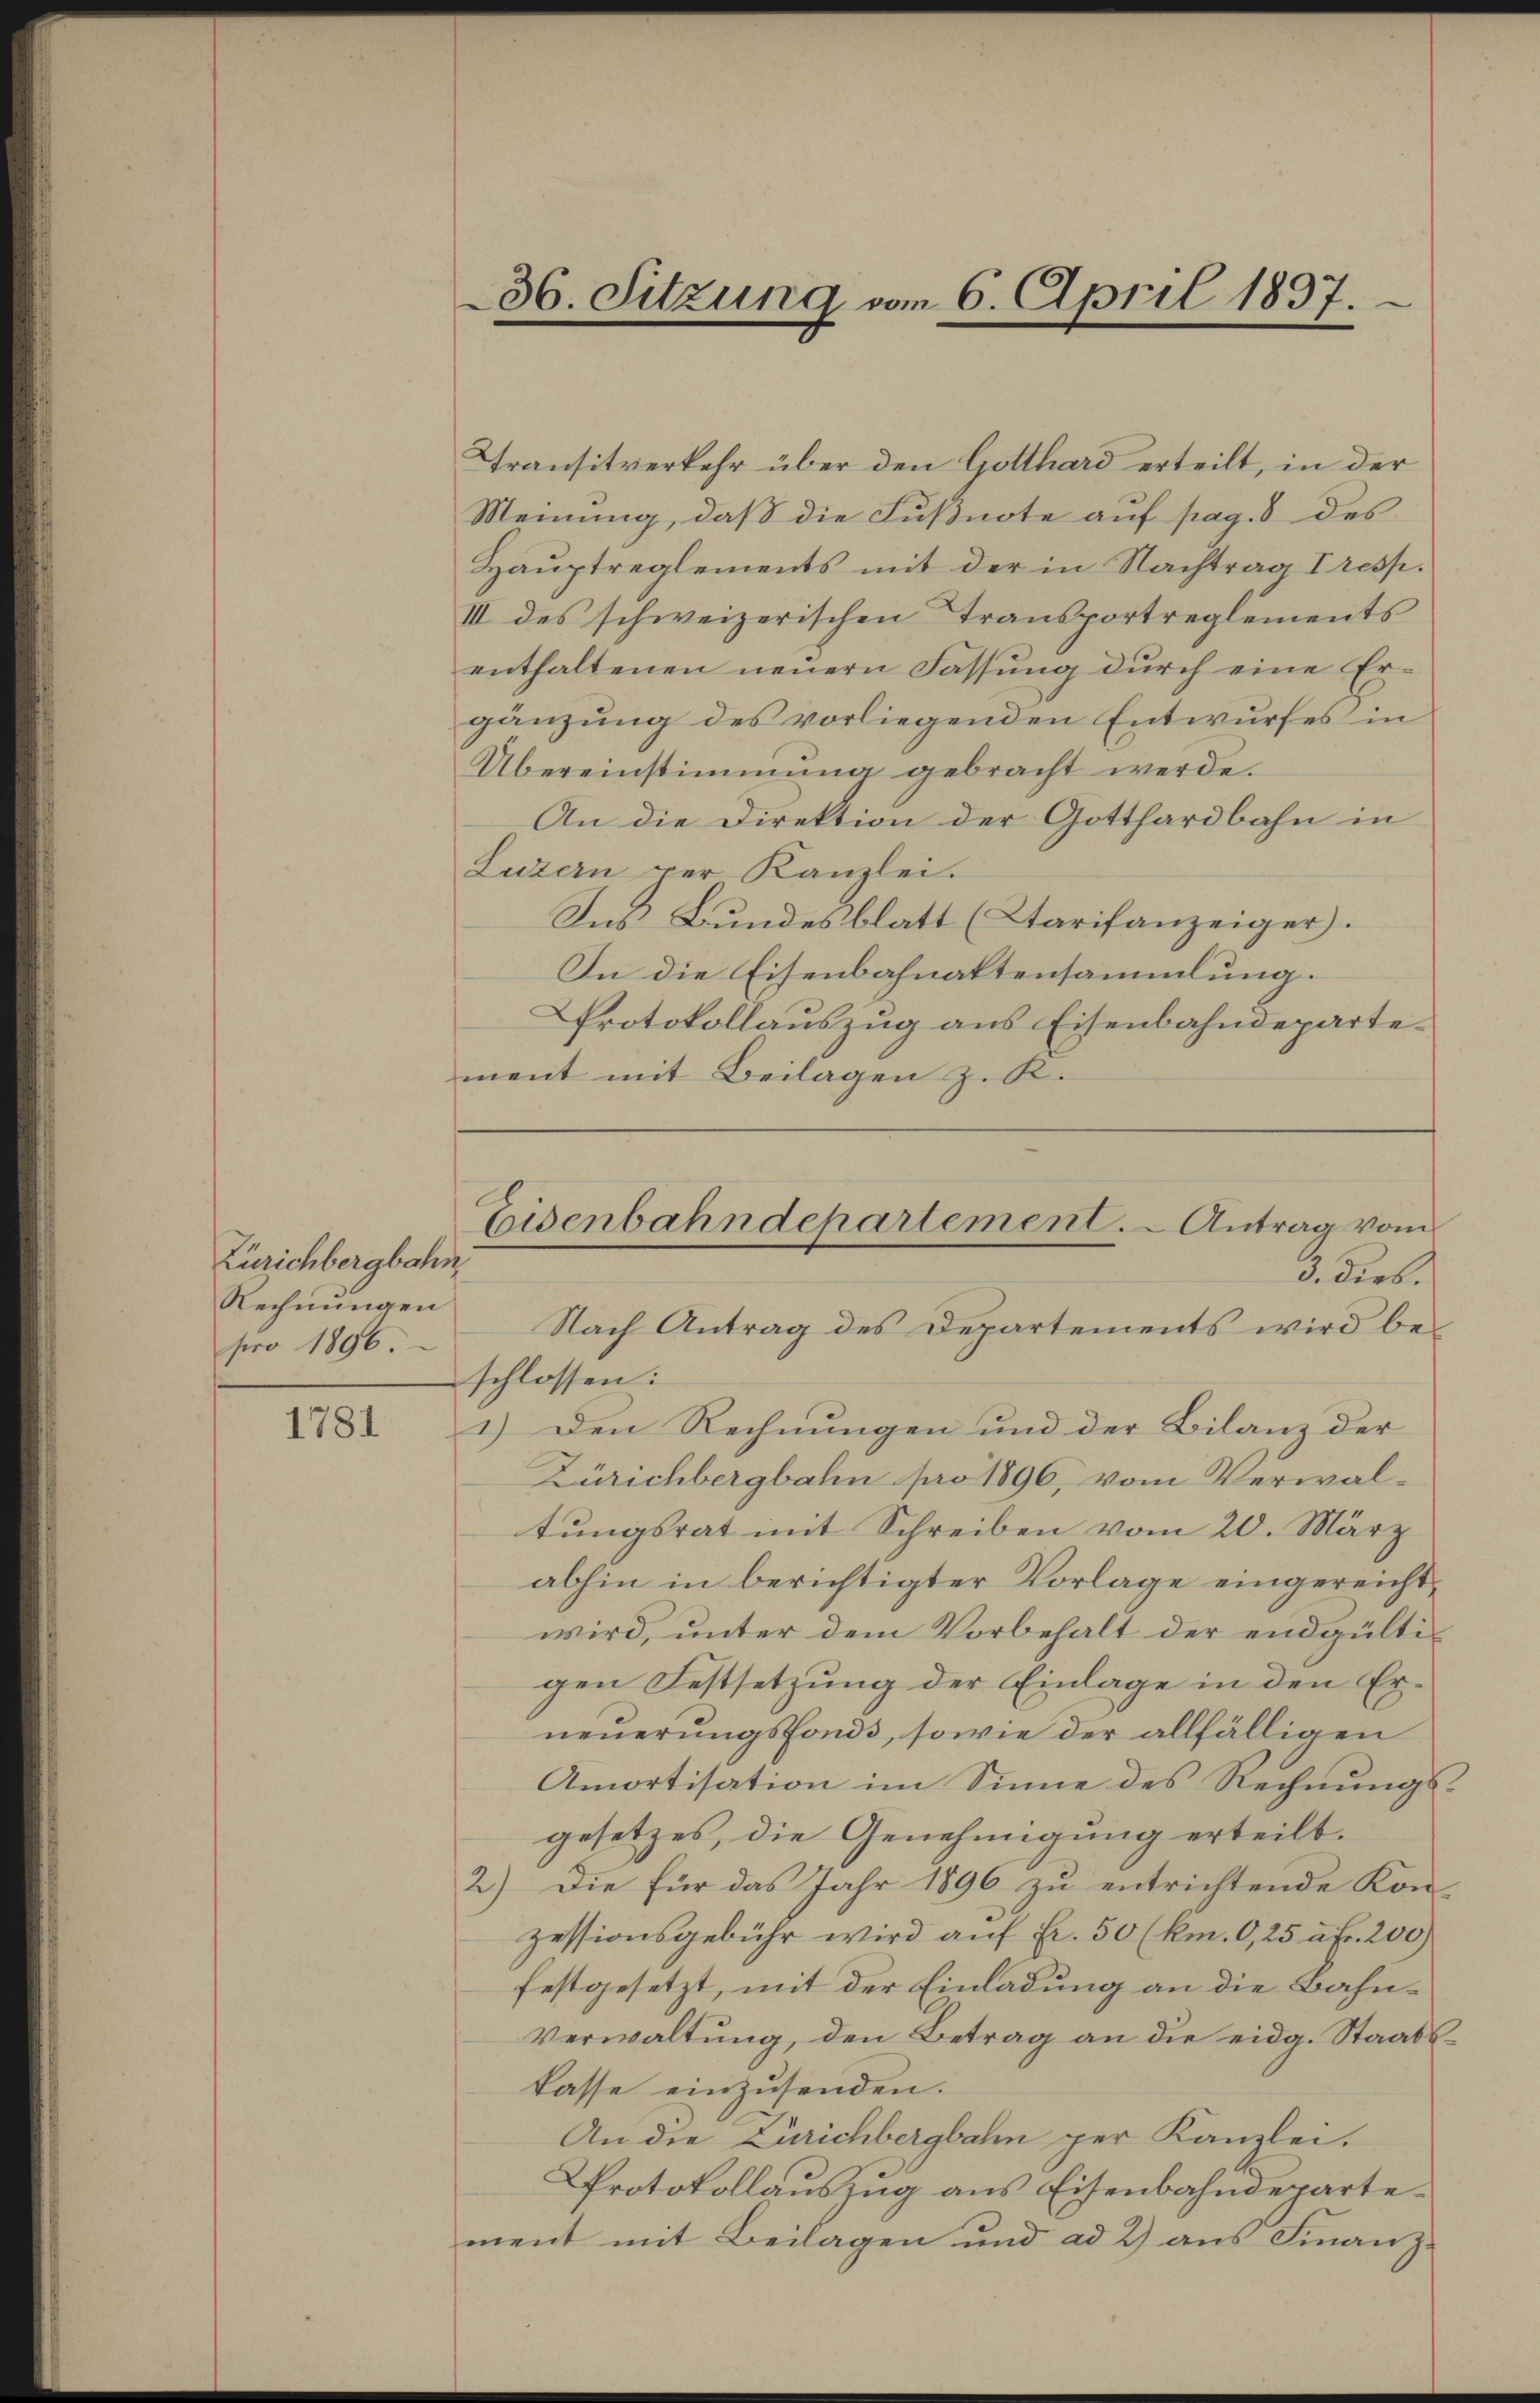
Zürichbergbahn.
Rechnungen
pro 1896.

1781

Transitverkehr über den Gotthard erteilt, in der
Meinung, daß die Fußnote auf pag. 8 des
Hauptreglements mit der in Nachtrag I resp.
III des schweizerischen Transportreglements
enthaltenen neŭern Fassŭng dŭrch eine Er-
gänzung des vorliegenden Entwurfes in
Übereinstimmung gebracht werde.
An die Direktion der Gotthardbahn in
Luzern der Kanzlei.
Ins Bundesblatt (Ctarifanzeiger.
In die Eisenbahnaktensammlung.
Protokollauszug aus Eisenbahndepartement mit Beilagen z. R.

36. Sitzung vom 6. April 1837.

Eisenbahndepartement. - Antrag vom
3. Dieb.
Nach Antrag des Departements wird be¬

schlossen:
1.) Den Rechnungen und der Bilanz der
Zürichbergbahn pro 1896, vom Verwaltungsrat mit Schreiben vom 20. März
abhin in berichtigter Vorlage eingereichtwird, unter dem Vorbehalt der endgültigen Festsetzung der Einlage in den Erneuerungsfonds, sowie der allfälligen
Amortisation im Sinne des Rechnungsgesetzes, die Genehmigung erteilt.
2.) Die für das Jahr 1896 zu entrichtende Kon-
zessionsgebühr wird aŭf Fr. 50 (km. O, 25 u. Fr. 200)
festgesetzt, mit der Einladung an die Bahn¬
Verwaltung, den Betrag an die eidg. Staatskasse einzusenden.
An die Zürichbergbahn per Kanzlei.
Protokollauszug aus Eisenbahndepartement mit Beilagen und ad 2) aus Finanz¬